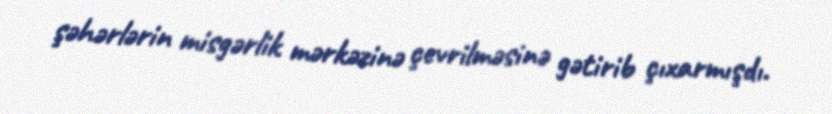
şəhərlərin misgərlik mərkəzinə çevrilməsinə gətirib çıxarmışdı.